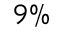
9 \%